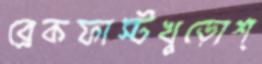
ব্রেকফাস্টখুড়োশ্